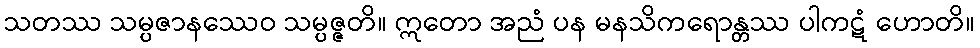
သတဿ သမ္ပဇာနဿေဝ သမ္ပဇ္ဇတိ။ ဣတော အညံ ပန မနသိကရောန္တဿ ပါကဋံ ဟောတိ။